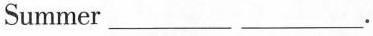
Summer ___ ___ .